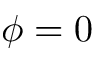
\phi = 0